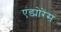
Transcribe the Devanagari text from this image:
एंड्योरेंस